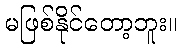
မဖြစ်နိုင်တော့ဘူး။